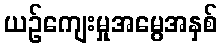
ယဉ်ကျေးမှုအမွေအနှစ်